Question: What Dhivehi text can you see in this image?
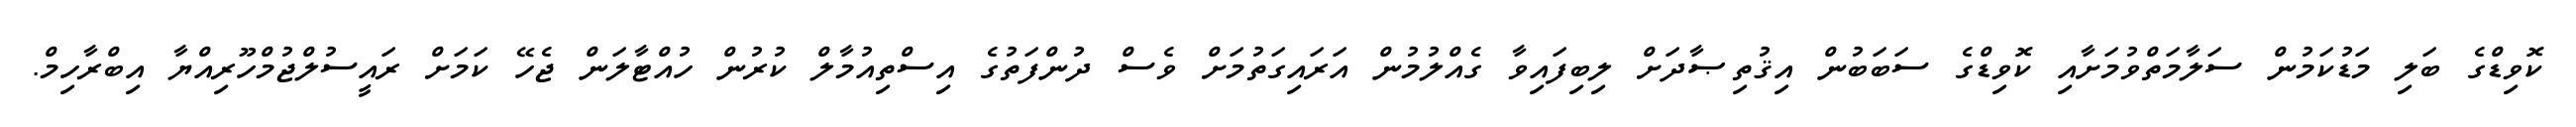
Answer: ކޮވިޑްގެ ބަލި މަޑުކަމުން ސަލާމަތްވުމަށާއި ކޮވިޑްގެ ސަބަބުން އިޤުތިޞާދަށް ލިބިފައިވާ ގެއްލުމުން އަރައިގަތުމަށް ވެސް ދުންފަތުގެ އިސްތިއުމާލް ކުރުން ހުއްޓާލަން ޖެހޭ ކަމަށް ރައީސުލްޖުމްހޫރިއްޔާ އިބްރާހިމް.